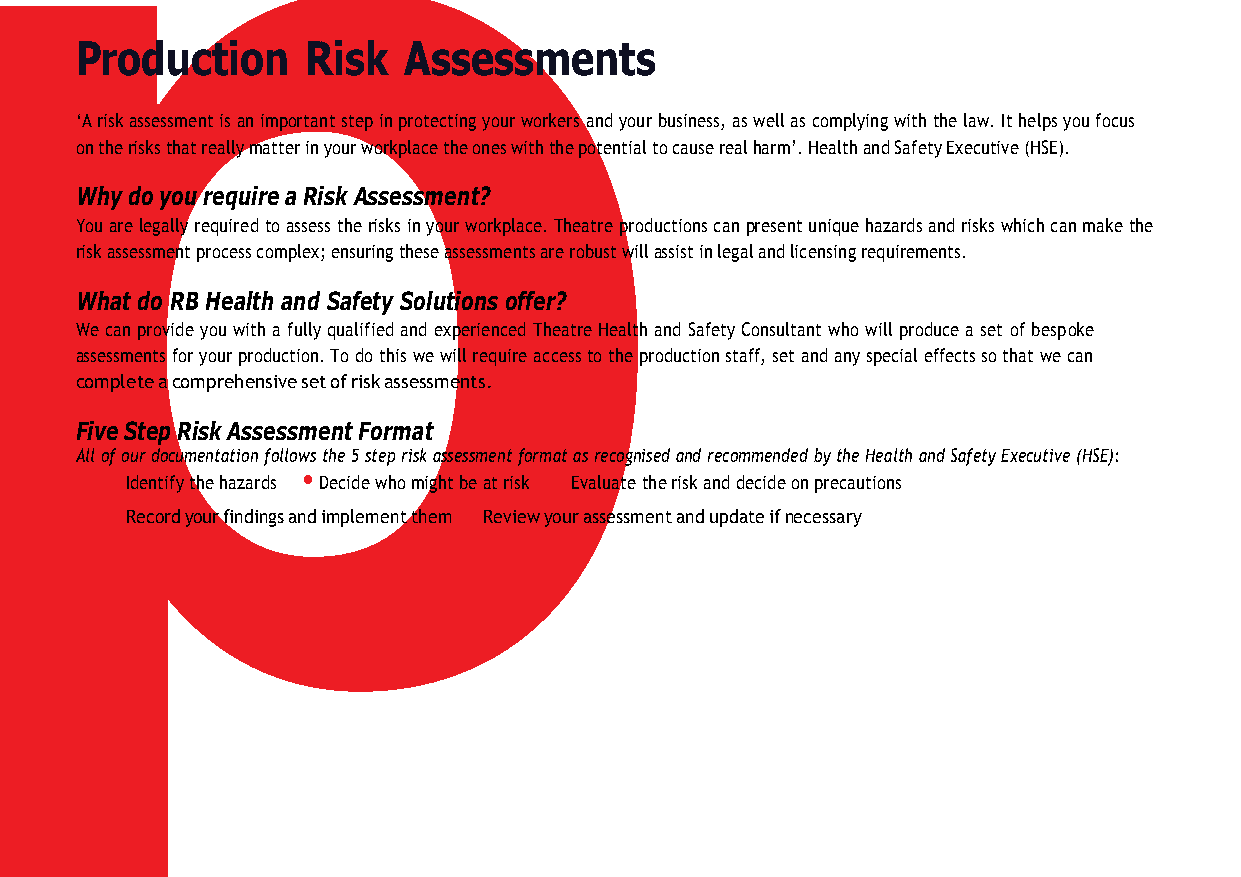
p
 Production     Risk   Assessments
 ‘A risk assessment is an important step in protecting your workers and your business, as well as complying with the law. It helps you focus
 on the risks that really matter in your workplace the ones with the potential to cause real harm’. Health and Safety Executive (HSE).
 Why do you require a Risk Assessment?
 You are legally required to assess the risks in your workplace. Theatre productions can present unique hazards and risks which can make the
 risk assessment process complex; ensuring these assessments are robust will assist in legal and licensing requirements.
 What do RB Health and Safety Solutions offer?
 We can provide you with a fully qualified and experienced Theatre Health and Safety Consultant who will produce a set of bespoke
 assessments for your production. To do this we will require access to the production staff, set and any special effects so that we can
 complete a comprehensive set of risk assessments.
 Five Step Risk Assessment Format
 All of our documentation follows the 5 step risk assessment format as recognised and recommended by the Health and Safety Executive (HSE):
 •            •                •
 Identify the hazards Decide who might be at risk Evaluate the risk and decide on precautions
 •                       •
 Record your findings and implement them Review your assessment and update if necessary